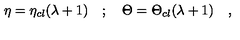
\eta = \eta _ { c l } ( \lambda + 1 ) \quad ; \quad \Theta = \Theta _ { c l } ( \lambda + 1 ) \quad ,